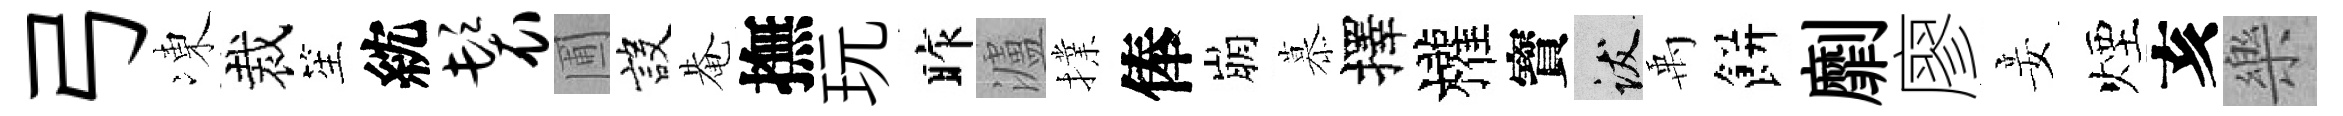
弓凍裁笙紞鬟圃設𤲅撫玩昨瀘擈俸崩慕擇權寳跋禹餅劘廖妾煙亥樂